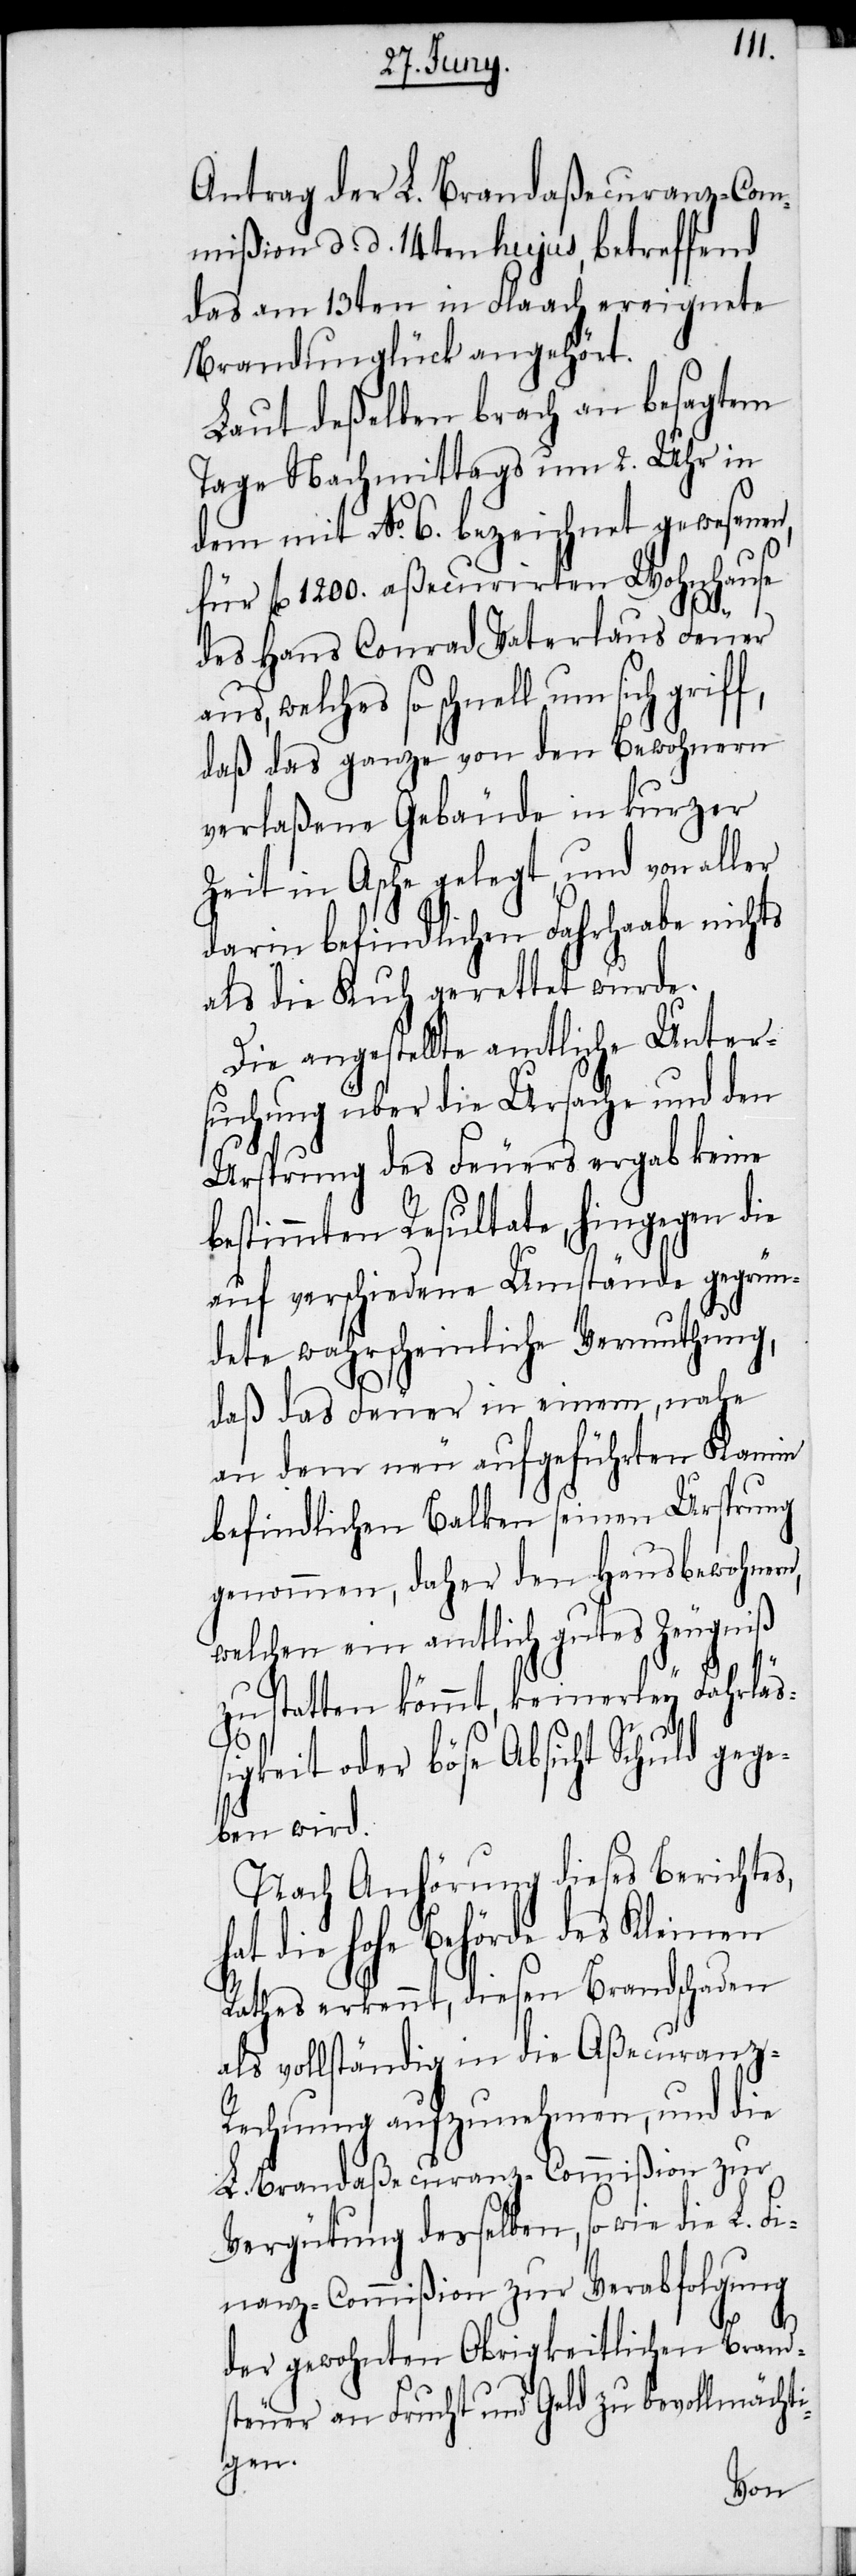
Antrag der L. Brandaßecuranz-Com¬
mißion d. d. 14ten hujus, betreffend
das am 13ten in Flaach ereignete
Brandunglück angehört.
Laut deßelben brach an besagtem
Tage Nachmittags um 2. Uhr in
dem mit No. 6. bezeichnet gewesenen,
für fl 1200. aßecurirten Wohnhause
des Hans Conrad Vaterlaus Feuer
aus, welches so schnell um sich
daß das ganze von den Bewohnern
verlaßene Gebäude in kurzer
Zeit in Asche gelegt, und von aller
darin befindlichen Fahrhaabe nichts
als die Kuh gerettet wurde.
Die angestellte amtliche Unter¬
suchung über die Ursache und den
Ursprung des Feuers ergab keine
bestimmten Resultate, hingegen die
auf verschiedene Umstände gegrün¬
dete wahrscheinliche Vermuthung,
daß das Feuer in einem, nahe
an dem neu aufgeführten Kamin
befindlichen Balken seinen Ursprung
genommen, daher den Hausbewohnern,
welchen ein amtlich gutes Zeugniß
zu statten kömmt, keinerley Fahrläß¬
igkeit oder böse Absicht Schuld gege¬
ben wird.
Nach Anhörung dieses Berichtes
hat die hohe Behörde des Kleinen
Rathes erkennt, diesen Brandschaden
als vollständig in die Aßecuranz-R¬
echnung aufzunehmen, und die
L. Brandaßecuranz-Commißion zur
Vergütung derselben, so wie die
Finanz-Commißion zur Verabfolgung
der gewohnten Obrigkeitlichen Brand¬
steuer an Frucht und Geld zu bevollmächti¬
gen.